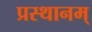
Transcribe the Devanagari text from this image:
प्रस्थानम्